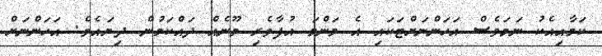
ކަމާއިއެކު ނަމަވެސް އަހަންނަށްޓަކައި އެ މަންމަ އުފާވެރި މޫނެއް ދައްކަމުން ދިޔައެވެ. އަހަންނަށް